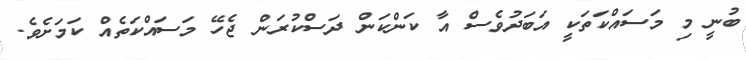
ބުނީ މި މަސައްކަތަކީ އަބަދުވެސް އާ ކަންކަން ދަސްކުރަން ޖެހޭ މަސައްކަތެއް ކަމަށެވެ.